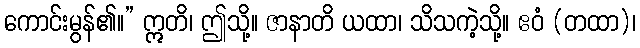
ကောင်းမွန်၏။” ဣတိ၊ ဤသို့။ ဇာနာတိ ယထာ၊ သိသကဲ့သို့။ ဧဝံ (တထာ)၊